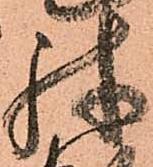
殊